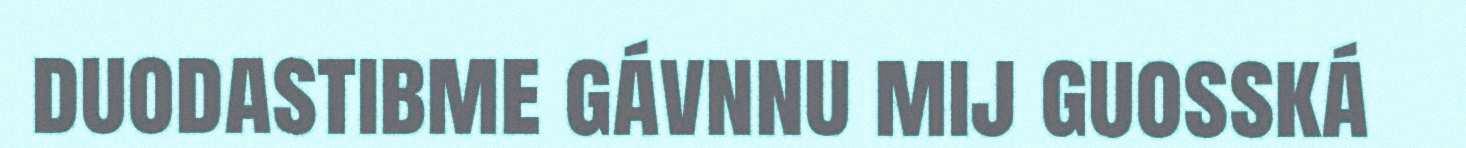
duodastibme gávnnu mij guosská